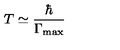
T \simeq \frac \hbar { \Gamma _ { \max } }